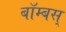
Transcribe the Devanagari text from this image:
बॉम्बस्